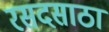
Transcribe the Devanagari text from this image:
रसदसाठा